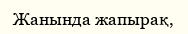
Жанында жапырақ,